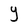
Character: Y